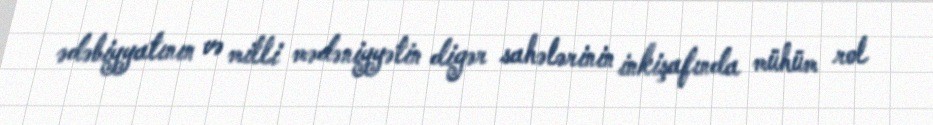
ədəbiyyatının və milli mədəniyyətin digər sahələrinin inkişafında mühüm rol